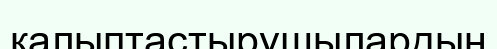
калыптастырушылардын